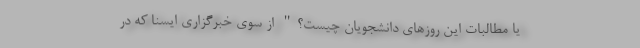
یا مطالبات این روزهای دانشجویان چیست؟" از سوی خبرگزاری ایسنا که در